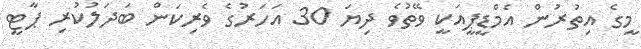
މީގެ އިތުރުން އެމްޑީޕީއަކީ ވޭތުވެ ދިޔަ 30 އަހަރުގެ ވެރިކަން ބަދަލުކުރި ޕާޓީ